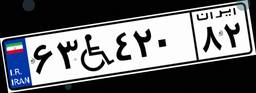
۳۸W۰۶۹۶۵